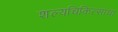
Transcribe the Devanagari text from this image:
शल्यचिकित्साचा